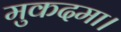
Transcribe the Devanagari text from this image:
मुकदमा।